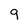
Character: 9